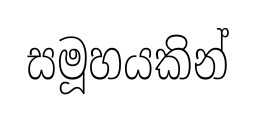
සමූහයකින්